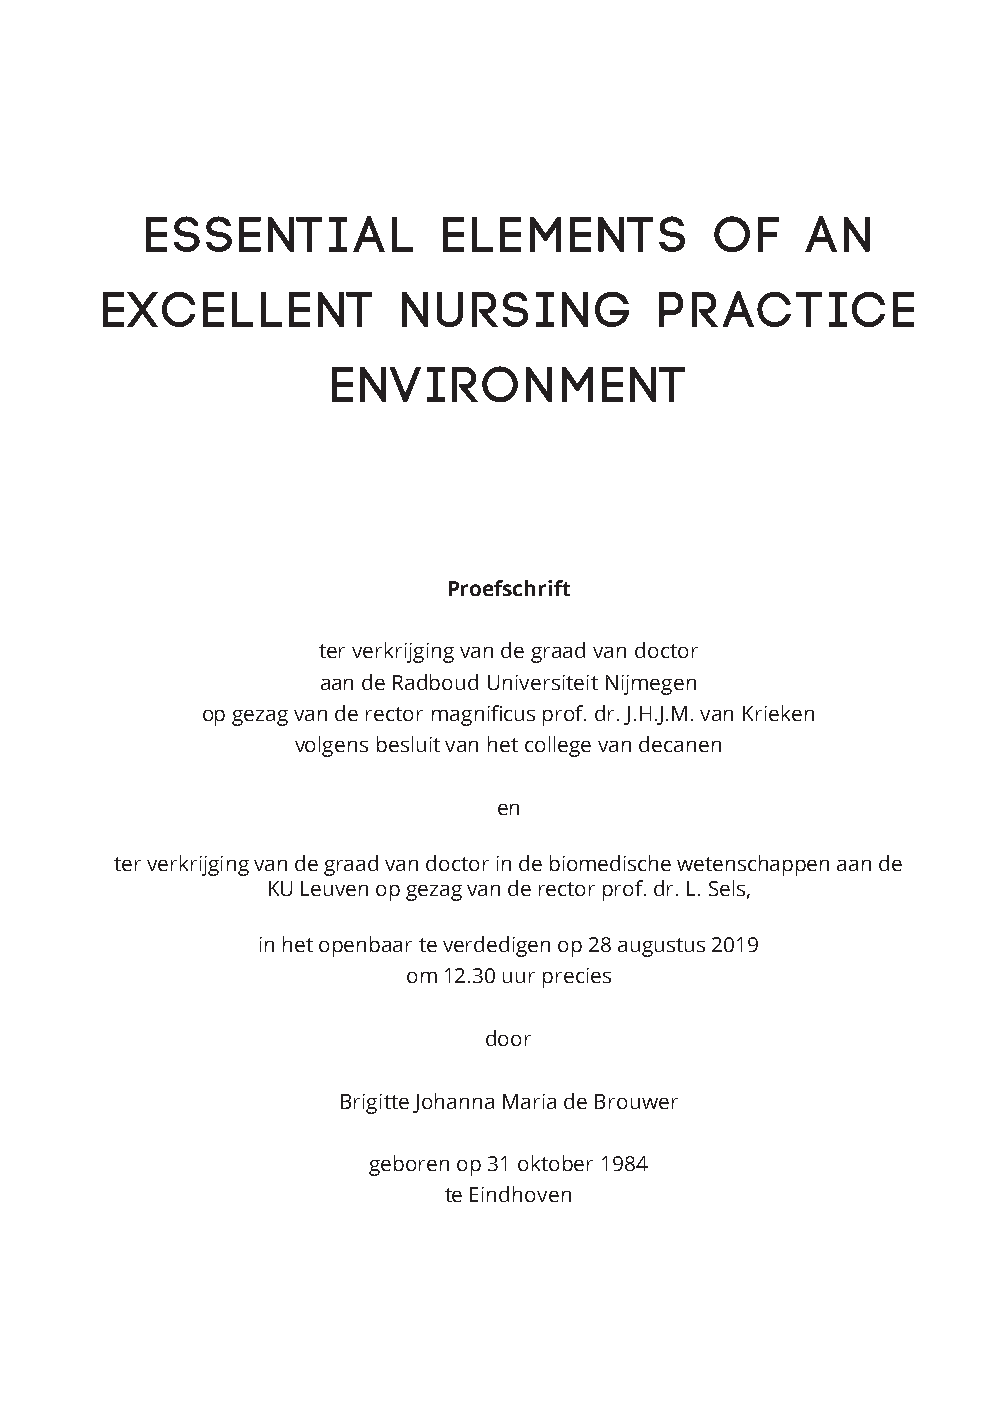
Essenti       al   elements          of    an
 excellent           nurs     ing     pr  actice
 Environment
 Proefschrift
 ter verkrijging van de graad van doctor
 aan de Radboud Universiteit Nijmegen
 op gezag van de rector magnificus prof. dr. J.H.J.M. van Krieken
 volgens besluit van het college van decanen
 en
 ter verkrijging van de graad van doctor in de biomedische wetenschappen aan de
 KU Leuven op gezag van de rector prof. dr. L. Sels,
 in het openbaar te verdedigen op 28 augustus 2019
 om 12.30 uur precies
 door
 Brigitte Johanna Maria de Brouwer
 geboren op 31 oktober 1984
 te Eindhoven